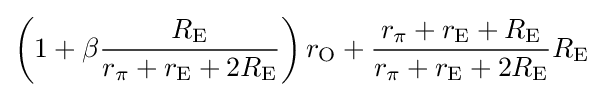
\left(1+\beta {\frac {R_{\mathrm {E} }}{r_{\pi }+r_{\mathrm {E} }+2R_{\mathrm {E} }}}\right)r_{\mathrm {O} }+{\frac {r_{\pi }+r_{\mathrm {E} }+R_{\mathrm {E} }}{r_{\pi }+r_{\mathrm {E} }+2R_{\mathrm {E} }}}R_{\mathrm {E} }